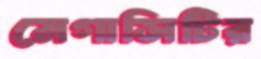
মেগাসিটির